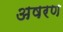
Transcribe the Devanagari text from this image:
अषरण